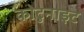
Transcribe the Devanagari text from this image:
कोटुनाइट